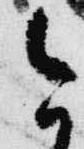
今